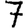
Digit: 7